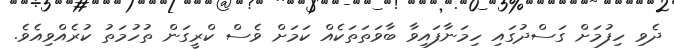
ދެވި ހިފުމަށް ގަސްދުގައި ހިމަނާފައިވާ ބާވަތަތަކެއް ކަމަށް ވެސް ކްރީގަން ތުހުމަތު ކުރެއްވިއެވެ.